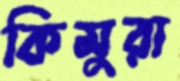
কিমুরা